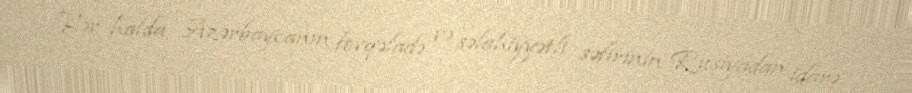
Hər halda, Azərbaycanın fövqəladə və səlahiyyətli səfirinin Rusiyadan idarə